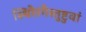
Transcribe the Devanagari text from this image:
स्थिरैरंगैस्तुष्टुवां